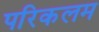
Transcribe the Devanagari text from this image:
परिकलम